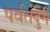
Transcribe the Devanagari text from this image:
पर्वतदुर्ग